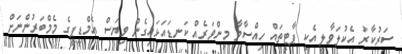
ސަރުކާރު އެކުލަވާލީ އެކި ޕާޓީތައް ހިއްސާވާ މިންވަރެއް ކަނޑައަޅައިގެން ވިޔަސް އެމްޑީޕީގެ މެމްބަރުންނަށް